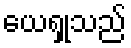
ယေရှုသည်